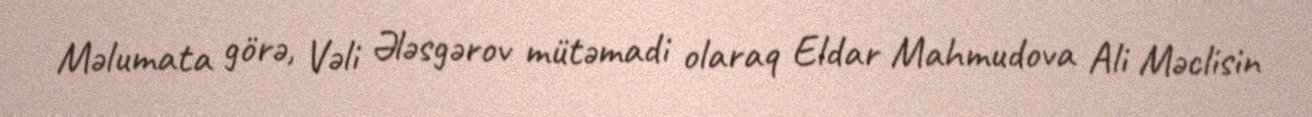
Məlumata görə, Vəli Ələsgərov mütəmadi olaraq Eldar Mahmudova Ali Məclisin